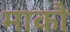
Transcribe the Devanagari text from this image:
माकौ